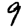
Digit: 9